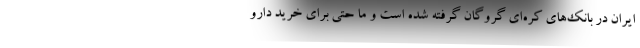
ایران در بانک‌های کره‌ای گروگان گرفته شده است و ما حتی برای خرید دارو